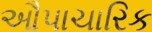
ઔપાચારિક